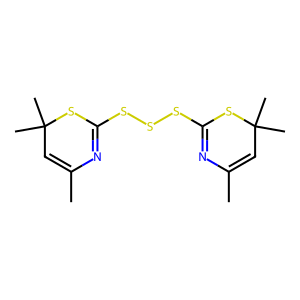
SMILES: CC1=CC(C)(C)SC(SSSC2=NC(C)=CC(C)(C)S2)=N1
Inhibits HIV replication: No